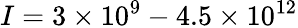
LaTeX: I=3\times 10^{9}-4.5\times 10^{12}